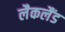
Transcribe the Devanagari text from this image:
लैकलैंड